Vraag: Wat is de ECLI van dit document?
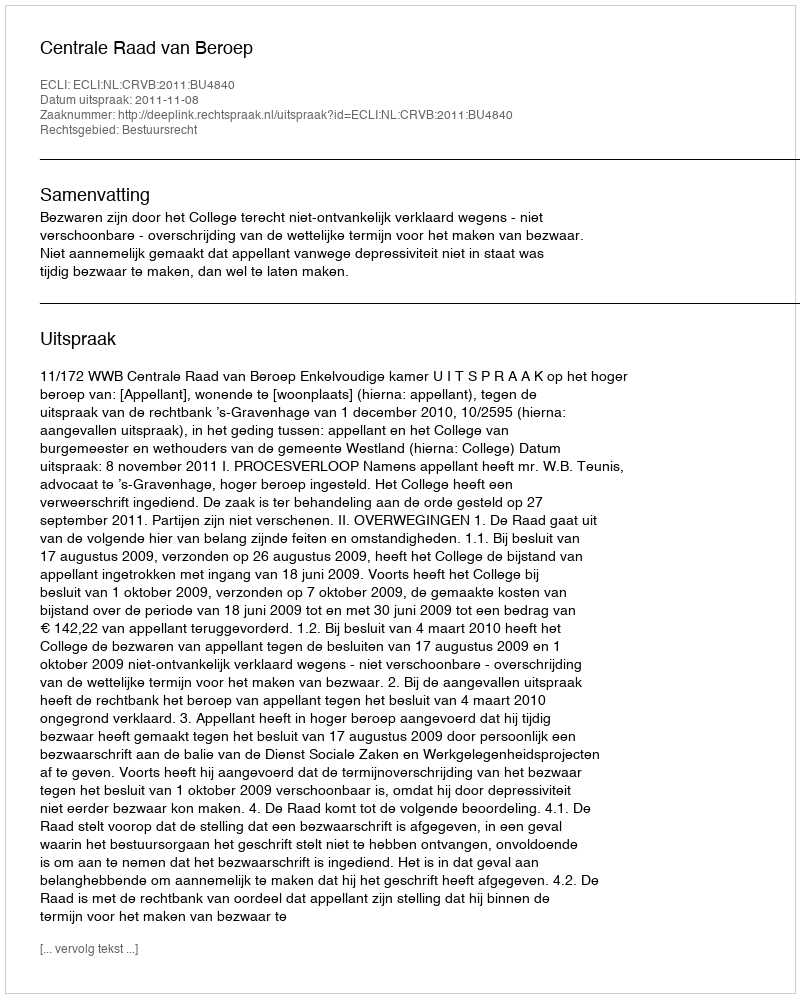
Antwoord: ECLI:NL:CRVB:2011:BU4840